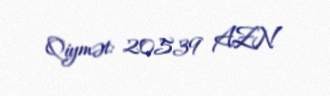
Qiymət: 20539 AZN